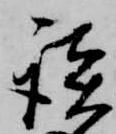
談